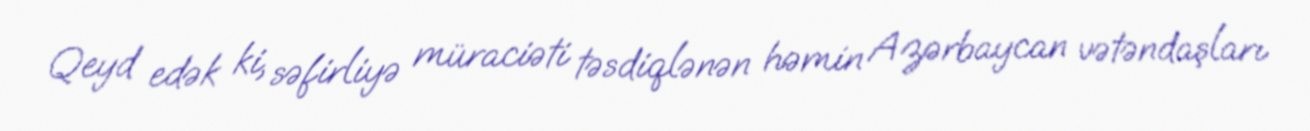
Qeyd edək ki, səfirliyə müraciəti təsdiqlənən həmin Azərbaycan vətəndaşları